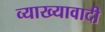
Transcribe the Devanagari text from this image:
व्याख्यावादी